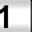
Digit: 1